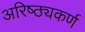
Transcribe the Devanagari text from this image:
अरिष्ठ्यकर्ण